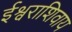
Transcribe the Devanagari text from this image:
ईश्वराशिवाय